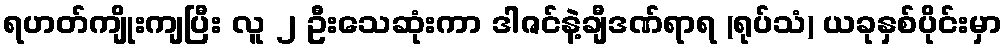
ရဟတ်ကျိုးကျပြီး လူ ၂ ဦးသေဆုံးကာ ဒါဇင်နဲ့ချီဒဏ်ရာရ (ရုပ်သံ) ယခုနှစ်ပိုင်းမှာ